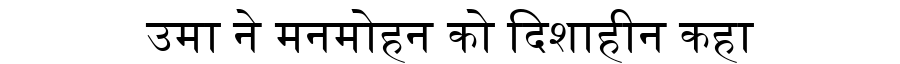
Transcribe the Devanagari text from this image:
उमा ने मनमोहन को दिशाहीन कहा